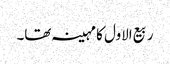
ربیع الاول کا مہینہ تھا۔